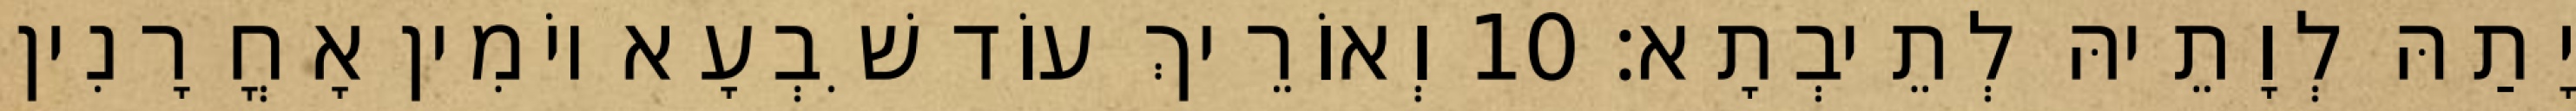
יָתַהּ לְוָתֵיהּ לְתֵיבְתָא׃ 10 וְאוֹרֵיךְ עוֹד שִׁבְעָא יוֹמִין אָחֳרָנִין